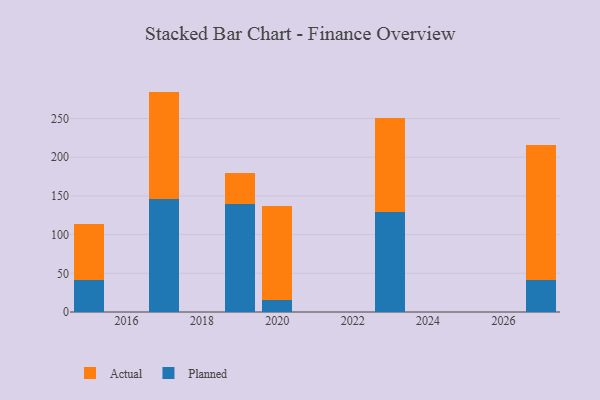
{"axis": {"x": "Year", "y": "Temperature (°C)"}, "legend": ["Actual", "Planned"], "data": [{"x": "2027", "y": 41.6, "type": "Planned"}, {"x": "2027", "y": 173.7, "type": "Actual"}, {"x": "2020", "y": 16.0, "type": "Planned"}, {"x": "2020", "y": 121.2, "type": "Actual"}, {"x": "2017", "y": 146.4, "type": "Planned"}, {"x": "2017", "y": 138.4, "type": "Actual"}, {"x": "2023", "y": 128.6, "type": "Planned"}, {"x": "2023", "y": 121.7, "type": "Actual"}, {"x": "2015", "y": 41.8, "type": "Planned"}, {"x": "2015", "y": 71.4, "type": "Actual"}, {"x": "2019", "y": 140.1, "type": "Planned"}, {"x": "2019", "y": 39.6, "type": "Actual"}]}